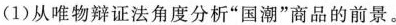
(1)从唯物辩证法角度分析”国潮”商品的前景。